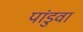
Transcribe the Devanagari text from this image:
पांडुवा